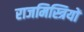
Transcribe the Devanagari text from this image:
राजमिस्त्रियों